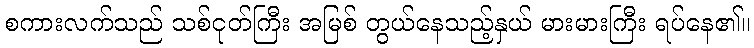
စကားလက်သည် သစ်ငုတ်ကြီး အမြစ် တွယ်နေသည့်နှယ် မားမားကြီး ရပ်နေ၏။